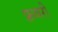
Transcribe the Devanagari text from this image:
फ़्रवरी